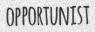
OPPORTUNIST